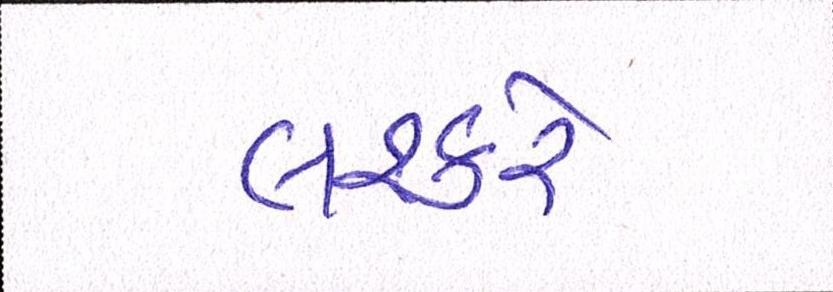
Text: લશ્કરે